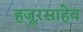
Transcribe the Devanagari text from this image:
हजूरसाहेब